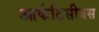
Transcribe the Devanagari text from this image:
आर्कटिसीबस